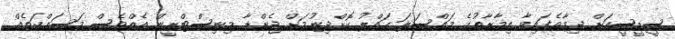
ސީޑީސީއަށް ދިމާވެފައިވާ އިމާރާތުގެ މައްސަލަ ހައްލު ކޮށްދިނުމަށް ޖެންޑާ މިނިސްޓްރީން އެއްވެސް މަސައްކަތެއް